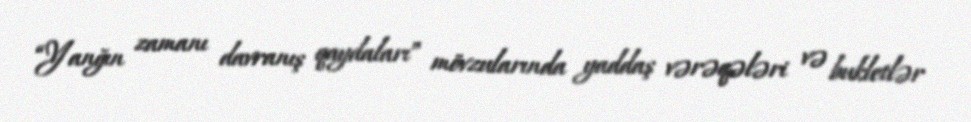
“Yanğın zamanı davranış qaydaları” mövzularında yaddaş vərəqələri və bukletlər